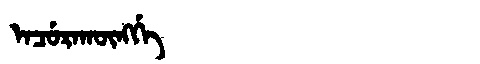
Manchu: ᡝᠨᠴᡠᡵᠠᡴᡡᠩᡤᡝ
Romanization: ENCURAKŪNGGE